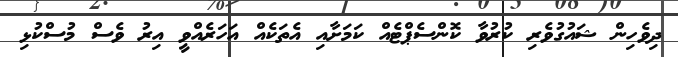
ދިވެހިން ޝައުގުވެރި ކުރުވާ ކޮންސެޕްޓެއް ކަމަށާއި އެތަކެއް އަހަރެއްވީ އިރު ވެސް މުސްކުޅި